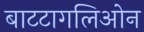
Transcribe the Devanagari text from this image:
बाटटागलिओन